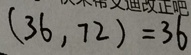
( 3 6 , 7 2 ) = 3 6